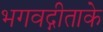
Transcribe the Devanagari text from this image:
भगवद्गीताके